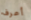
أعرف